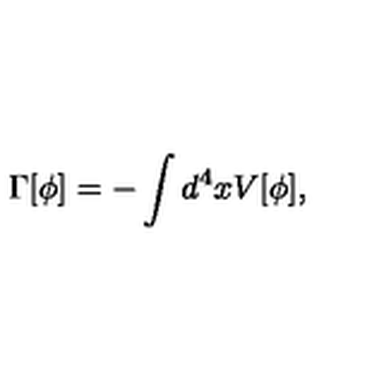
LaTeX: \Gamma [ \phi ] = - \int d ^ { 4 } x V [ \phi ] ,